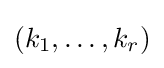
(k_{1},\ldots ,k_{r})